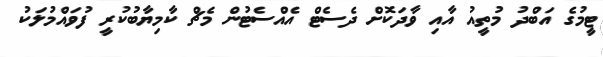
ޓީމުގެ އަބްދު މުތީއު އާއި ވާދަކޮށް ދެސެޓް އެއްސެޓުން މެޗް ކާމިޔާބުކުރީ ފުވައްމުލަކު